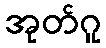
အုတ်ဂူ